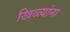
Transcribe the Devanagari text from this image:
खिळ्यांना